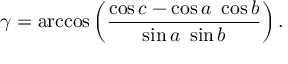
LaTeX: \gamma = \operatorname { a r c c o s } \left( { \frac { \cos c - \cos a \ \cos b } { \sin a \ \sin b } } \right) .